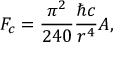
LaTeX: F _ { c } = \frac { \pi ^ { 2 } } { 2 4 0 } \frac { \hbar c } { r ^ { 4 } } A ,